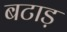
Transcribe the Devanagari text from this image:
बटाड़